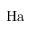
\mathrm { H a }